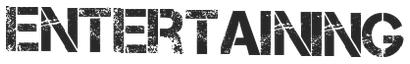
ENTERTAINING